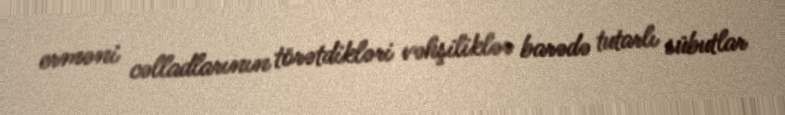
erməni cəlladlarının törətdikləri vəhşiliklər barədə tutarlı sübutlar